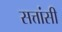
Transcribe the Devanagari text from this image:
सत्तांसी